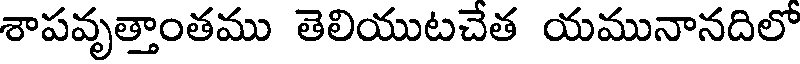
శాపవృత్తాంతము తెలియుటచేత యమునానదిలో